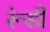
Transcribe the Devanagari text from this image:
रूंडी